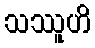
သဿူဟိ